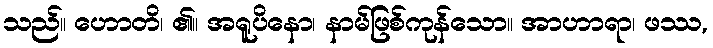
သည်။ ဟောတိ၊ ၏။ အရူပိနော၊ နာမ်ဖြစ်ကုန်သော။ အာဟာရာ၊ ဖဿ,